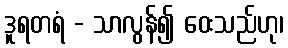
ဒူရတရံ - သာလွန်၍ ဝေးသည်ဟု၊